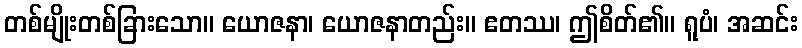
တစ်မျိုးတစ်ခြားသော။ ယောဇနာ၊ ယောဇနာတည်း။ ဧတဿ၊ ဤစိတ်၏။ ရူပံ၊ အဆင်း